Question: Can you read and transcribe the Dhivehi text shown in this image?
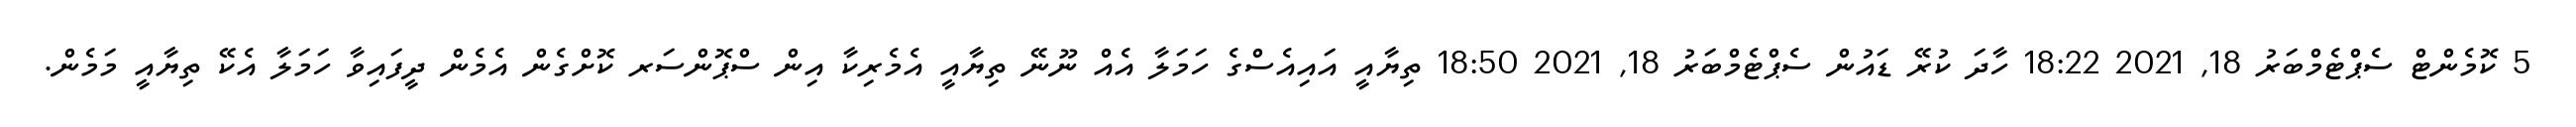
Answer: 5 ކޮމެންޓް ސެޕްޓެމްބަރު 18, 2021 18:22 ހާދަ ކުރޭ ޑައުން ސެޕްޓެމްބަރު 18, 2021 18:50 ތިޔާއީ އައިއެސްގެ ހަމަލާ އެއް ނޫނޭ ތިޔާއީ އެމެރިކާ އިން ސްޕޮންސަރ ކޮށްގެން އެމެން ދީފައިވާ ހަމަލާ އެކޭ ތިޔާއީ މަމެން.